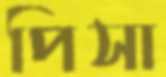
পিসা